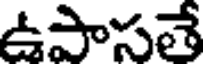
ఉపాసతే